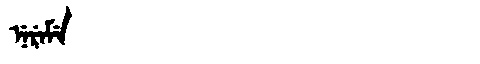
Manchu: ᠨᡝᡵᡝᠮᡝ
Romanization: NEREME